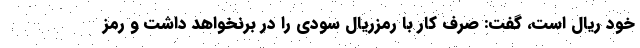
خود ریال است، گفت: صرف کار با رمزریال سودی را در برنخواهد داشت و رمز